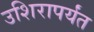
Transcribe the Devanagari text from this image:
उशिरापर्यंत